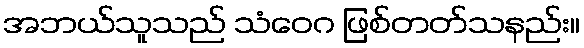
အဘယ်သူသည် သံဝေဂ ဖြစ်တတ်သနည်း။